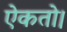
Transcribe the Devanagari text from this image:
ऐकतो।